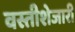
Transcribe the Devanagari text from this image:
वस्तीशेजारी